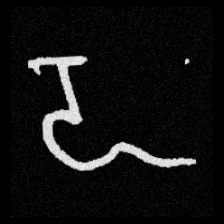
Pyu character \u2014 Myanmar letter: ဍ (romanized: dda)